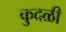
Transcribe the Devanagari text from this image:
कुदळी